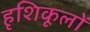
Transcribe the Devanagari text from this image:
हृशिकूलों